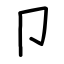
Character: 卩